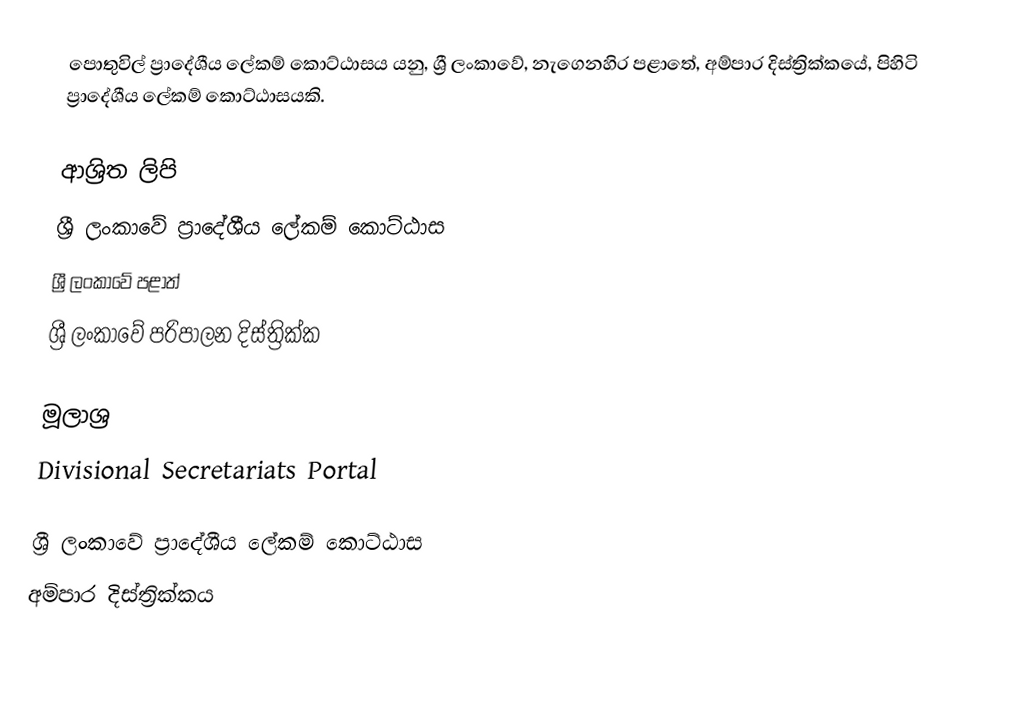
පොතුවිල් ප්‍රාදේශීය ලේකම් කොට්ඨාසය යනු,  ශ්‍රී ලංකාවේ, නැගෙනහිර පළාතේ,   අම්පාර දිස්ත්‍රික්කයේ, පිහිටි ප්‍රාදේශීය ලේකම් කොට්ඨාසයකි.

ආශ්‍රිත ලිපි
ශ්‍රී ලංකාවේ ප්‍රාදේශීය ලේකම් කොට්ඨාස
ශ්‍රී ලංකාවේ පළාත්
ශ්‍රී ලංකාවේ පරිපාලන දිස්ත්‍රික්ක

මූලාශ්‍ර
 Divisional Secretariats Portal

ශ්‍රී ලංකාවේ ප්‍රාදේශීය ලේකම් කොට්ඨාස
අම්පාර දිස්ත්‍රික්කය